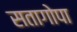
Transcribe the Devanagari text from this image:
सतागोपा